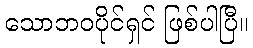
သောဘဝပိုင်ရှင် ဖြစ်ပါပြီ။